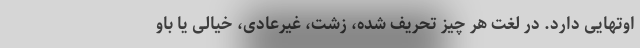
اوتهایی دارد. در لغت هر چیز تحریف شده، زشت، غیرعادی، خیالی یا باو